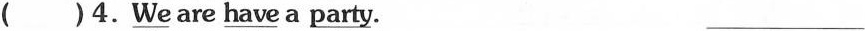
( )4.\underline{We} are \underline{have }a party. ___